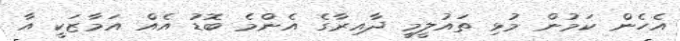
އެހެން ކަމުން މުޅި ތައުލީމީ ދާއިރާގެ އެންމެ ބޮޑު އެއް އަމާޒަކީ އާ